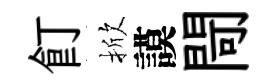
飣掀謨閜